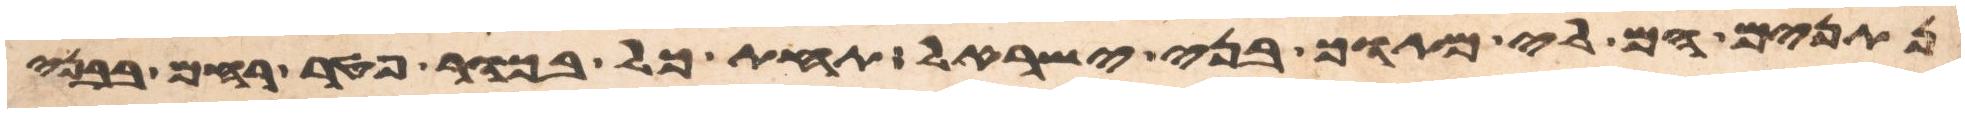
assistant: נתנים הם לי מתוך בני ישראל תחת כל בכור פטר רחם בבני